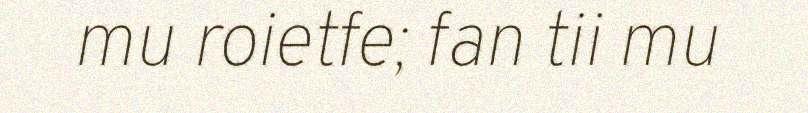
mu roietfe; fan tii mu